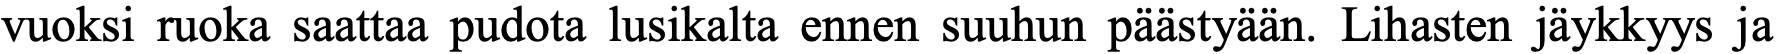
vuoksi ruoka saattaa pudota lusikalta ennen suuhun päästyään. Lihasten jäykkyys ja